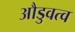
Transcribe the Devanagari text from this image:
औडुवत्व